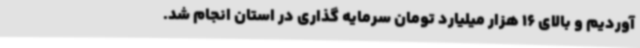
آوردیم و بالای 16 هزار میلیارد تومان سرمایه گذاری در استان انجام شد.